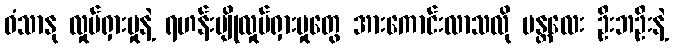
ဝံသာနု လှုပ်ရှားမှုနဲ့ ရဟန်းပျိုလှုပ်ရှားမှုတွေ အားကောင်းလာသလို မန္တလေး ဦးဘဦးနဲ့